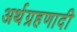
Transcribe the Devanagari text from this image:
अर्थग्रहणादी